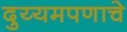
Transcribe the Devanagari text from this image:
दुय्यमपणाचे